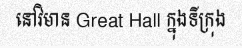
នៅវិមាន Great Hall ក្នុងទីក្រុង